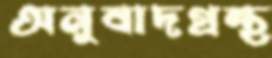
অনুবাদগ্রন্থ